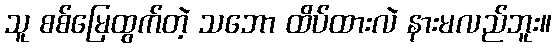
သူ စစ်မြေထွက်တဲ့ သဘော ထိပ်ထားလဲ နားမလည်ဘူး။